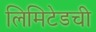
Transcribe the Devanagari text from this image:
लिमिटेडची